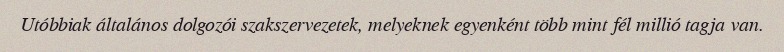
Utóbbiak általános dolgozói szakszervezetek, melyeknek egyenként több mint fél millió tagja van.